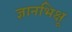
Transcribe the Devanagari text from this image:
ज्ञानभिक्षू